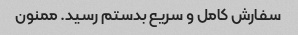
سفارش کامل و سریع بدستم رسید. ممنون